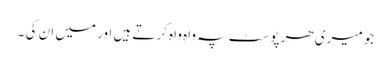
جو میری ھر پوسٹ پہ واہ واہ کرتے ہیں اور میں ان کی ۔